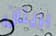
برينان